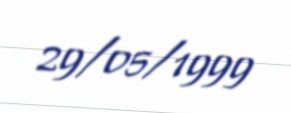
29/05/1999